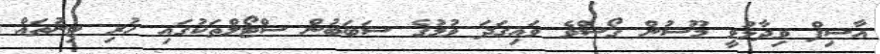
އާސިފް ވިދާޅުވީ މޫސުން ގޯސްވެ ވައިގަދަ ވުމުގެ ސަބަބުން ސްޓޯލްތަކުގައި ހުރި ޓިނުތައް